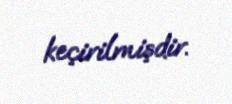
keçirilmişdir.